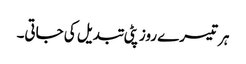
ہر تیسرے روز پٹی تبدیل کی جاتی۔